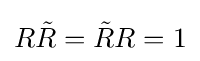
R{\tilde {R}}={\tilde {R}}R=1